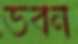
ভবন